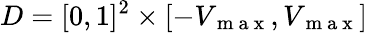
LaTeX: D=[0,1]^{2}\times[-V_{\mathrm{~m~a~x~}},V_{\mathrm{~m~a~x~}}]